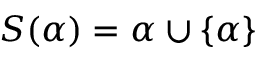
S ( \alpha ) = \alpha \cup \{ \alpha \}